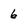
Character: 6